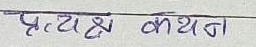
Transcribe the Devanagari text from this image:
प्रत्यक्ष कथन